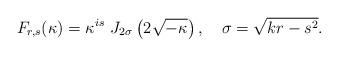
LaTeX: \begin{align*}F_{r,s}(\kappa )=\kappa ^{is}\,\,J_{2\sigma }\left( 2\sqrt{-\kappa }\right),\quad \sigma =\sqrt{kr-s^2}.\end{align*}